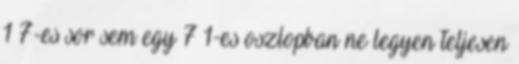
1×7-es sor sem egy 7×1-es oszlopban ne legyen teljesen